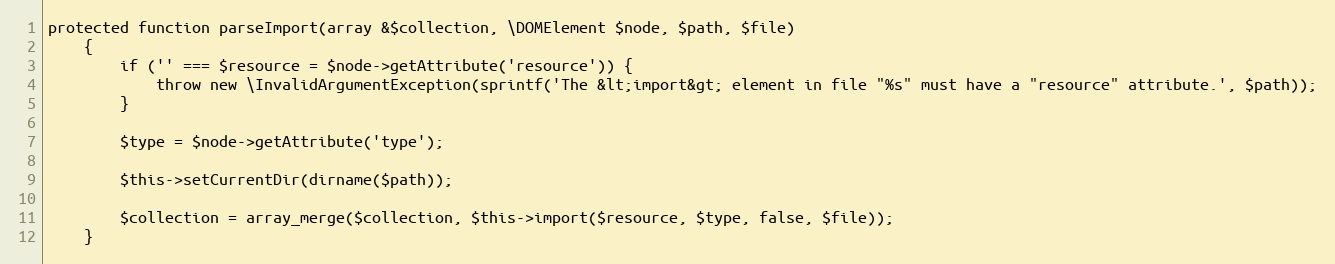
Language: PHP
protected function parseImport(array &$collection, \DOMElement $node, $path, $file)
    {
        if ('' === $resource = $node->getAttribute('resource')) {
            throw new \InvalidArgumentException(sprintf('The &lt;import&gt; element in file "%s" must have a "resource" attribute.', $path));
        }

        $type = $node->getAttribute('type');

        $this->setCurrentDir(dirname($path));

        $collection = array_merge($collection, $this->import($resource, $type, false, $file));
    }